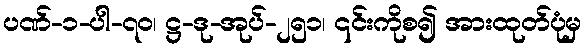
ပဏ်-၁-ပါ-၇၀၊ ဋ္ဌ-ဒု-အုပ်-၂၅၁၊ ၎င်းကိုစ၍ အားထုတ်ပုံမှ